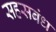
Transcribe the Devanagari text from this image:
सहसबंध